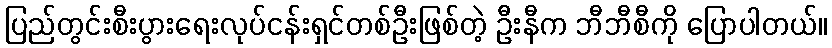
ပြည်တွင်းစီးပွားရေးလုပ်ငန်းရှင်တစ်ဦးဖြစ်တဲ့ ဦးနီက ဘီဘီစီကို ပြောပါတယ်။